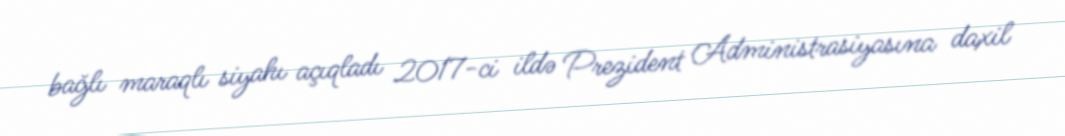
bağlı maraqlı siyahı açıqladı 2017-ci ildə Prezident Administrasiyasına daxil